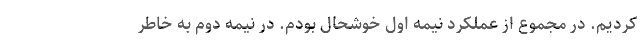
کردیم. در مجموع از عملکرد نیمه اول خوشحال بودم. در نیمه دوم به خاطر